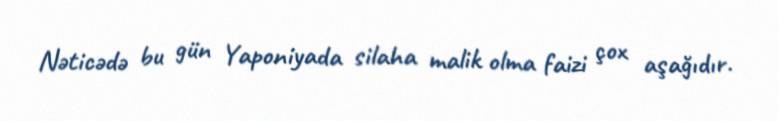
Nəticədə bu gün Yaponiyada silaha malik olma faizi çox aşağıdır.